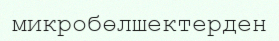
микробөлшектерден